Lunatic asylums in Bengal annual reports 1912-1924 - 1912-1924
Year: 1912
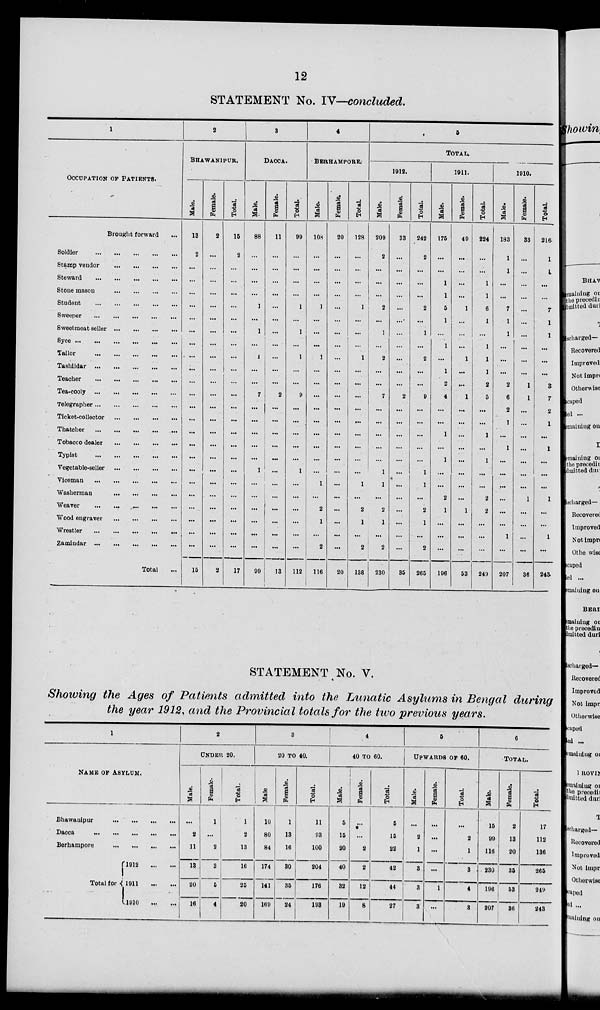
12
STATEMENT No. IV—concluded.
1
OCCUPATION OF PATIENTS.
Brought forward ...
Soldier
...
...
...
...
...
Stamp vendor ... ... ... ...
Steward
...
...
...
...
...
Stone mason ... ... ... ...
Student
...
...
...
...
...
Sweeper
...
...
...
...
...
Sweetmeat seller
...
...
...
...
Syce
...
...
...
...
...
...
Tailor
...
...
...
...
...
Tashildar
...
...
...
...
...
Teacher
...
...
...
...
...
Tea-cooly
...
...
...
...
...
Telegrapher ... ... ... ... ...
Ticket-collector
...
...
...
...
Thatcher ... ... ... ... ...
Tobacco dealer
...
...
...
...
Typist
...
...
...
...
...
Vegetable-seller
...
...
...
...
Viceman
...
...
...
...
...
Washerman ... ... ... ...
Weaver ... ... ... ... ...
Wood engraver
...
...
...
...
Wrestler
...
...
...
...
...
Zamindar ... ... ... ... ...
Total ...
2
BHAWANIPUR.
Male.
13
2
...
...
...
...
...
...
...
...
...
...
...
...
...
...
...
...
...
...
...
...
...
...
...
15
Female.
2
...
...
...
...
...
...
...
...
...
...
...
...
...
...
...
...
...
...
...
...
...
...
...
...
2
Total.
15
2
...
...
...
...
...
...
...
...
...
...
...
...
...
...
...
...
...
...
...
...
...
...
...
17
8
DACCA.
Male.
88
...
...
...
...
1
...
1
...
1
...
...
7
...
...
...
...
...
1
...
...
...
...
...
...
99
Female.
11
...
...
...
...
...
...
...
...
...
...
...
2
...
...
...
...
...
...
...
...
...
...
...
...
13
Total.
99
...
...
...
...
1
...
1
...
1
...
...
9
...
...
...
...
...
1
...
...
...
...
...
...
112
4
BERHAMPORE.
Male.
108
...
...
...
...
1
...
...
...
1
...
...
...
...
...
...
...
...
...
1
...
2
1
...
2
116
Female.
20
...
...
...
...
...
...
...
...
...
...
...
...
...
...
...
...
...
...
...
...
...
...
...
...
20
Total.
128
...
...
...
...
1
...
...
...
1
...
...
...
...
...
...
...
...
...
1
...
2
1
...
2
138
5
TOTAL.
1912.
Male.
209
2
...
...
...
2
...
1
...
2
...
...
7
...
...
...
...
...
1
1
...
2
1
...
2
230
Female.
33
...
...
...
...
...
...
...
...
...
...
...
2
...
...
...
...
...
...
...
...
...
...
...
...
35
Total.
242
2
...
...
...
2
...
1
...
2
...
...
9
...
...
...
...
...
1
1
...
2
1
...
2
265
1911.
Male.
175
...
...
1
1
5
1
...
1
...
1
2
4
...
...
1
...
1
...
...
2
1
...
...
...
196
Female.
49
...
...
...
...
1
...
...
...
1
...
...
1
...
...
...
...
...
...
...
...
1
...
...
...
53
Total.
224
...
...
1
1
6
1
...
1
1
1
2
5
...
...
1
...
1
...
...
2
2
...
...
...
249
1910.
Male.
183
1
1
...
...
7
1
1
...
...
...
2
6
2
1
...
1
...
...
...
...
...
...
1
...
207
Female.
33
...
...
...
...
...
...
...
...
...
...
1
1
...
...
...
...
...
...
...
1
...
...
...
...
36
Total.
216
1
1
...
...
7
1
1
...
...
...
3
7
2
1
...
1
...
...
...
1
...
...
1
...
243
STATEMENT No. V.
Showing the Ages of Patients admitted into the Lunatic Asylums in Bengal during
the year 1912, and the Provincial totals for the two previous years.
1
NAME OF ASYLUM.
Bhawanipur ... ... ... ...
Dacca
...
...
...
...
...
Berhampore
...
...
...
...
Total for
1912 ... ...
1911
...
...
1910
...
...
2
UNDER 20.
Male.
...
2
11
13
20
16
Female.
1
...
2
3
5
4
Total.
1
2
13
16
25
20
3
20 TO 40.
Male.
10
80
84
174
141
169
Female.
1
13
16
30
35
24
Total.
11
93
100
204
176
193
4
40 TO 60.
Male.
5
15
20
40
32
19
Female.
...
...
2
2
12
8
Total.
5
15
22
42
44
27
5
UPWARDS OF 60.
Male.
...
2
1
3
3
3
Female.
...
...
...
...
1
...
Total.
...
2
1
3
4
3
6
TOTAL.
Male.
15
99
116
230
196
207
Female.
2
13
20
35
53
36
Total.
17
112
136
265
249
248